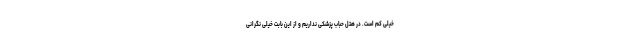
خیلی کم‌ است. در هتل حباب پزشکی نداریم و از این بابت خیلی نگرانی